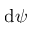
\mathrm { d } \psi